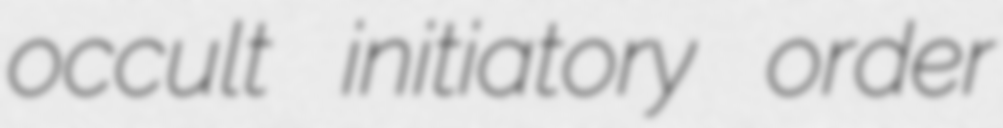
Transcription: occult initiatory order